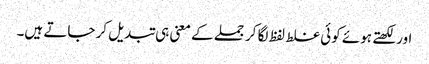
اور لکھتے ہوئے کوئی غلط لفظ لگا کر جملے کے معنی ہی تبدیل کر جاتے ہیں۔